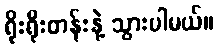
ရိုးရိုးတန်းနဲ့ သွားပါမယ်။